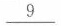
\underline{9}